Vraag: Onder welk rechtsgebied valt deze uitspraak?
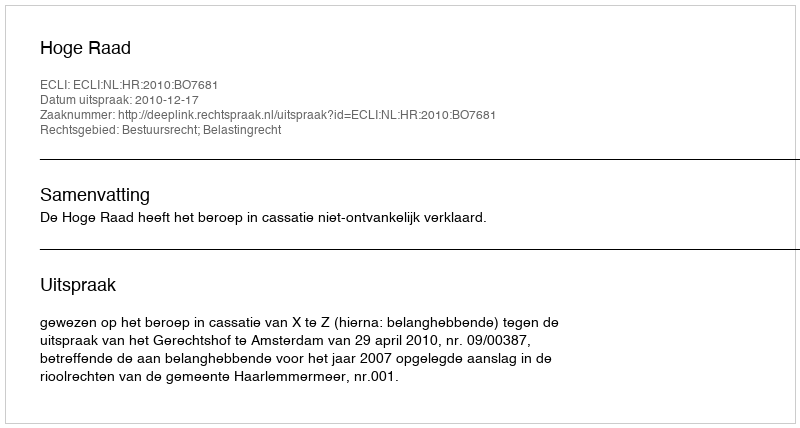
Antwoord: Bestuursrecht; Belastingrecht